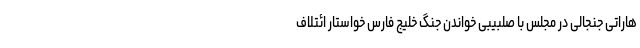
هاراتی جنجالی در مجلس با صلبیبی خواندن جنگ خلیج فارس خواستار ائتلاف